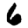
Digit: 6